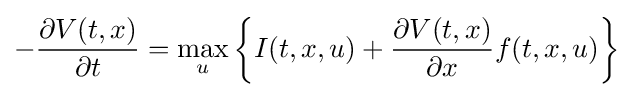
-{\frac {\partial V(t,x)}{\partial t}}=\max _{u}\left\{I(t,x,u)+{\frac {\partial V(t,x)}{\partial x}}f(t,x,u)\right\}